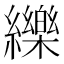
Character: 纅